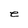
Character: e